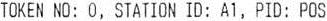
TOKEN NO: 0, STATION ID: A1, PID: POS